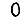
Digit: 0